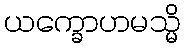
ယက္ခောဟမသ္မိ